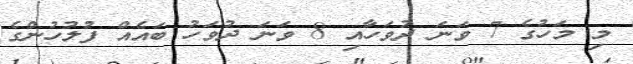
މި މަހުގެ 7 ވަނަ ދުވަހާއި 8 ވަނަ ދުވަހު ބައެއް ފުލުހުންގެ